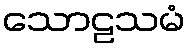
သောဠသမံ